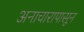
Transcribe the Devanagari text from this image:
अनाचारापासून